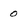
Character: 0